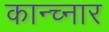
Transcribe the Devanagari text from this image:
कान्च्नार